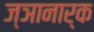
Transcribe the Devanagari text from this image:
ज्ञानार्क